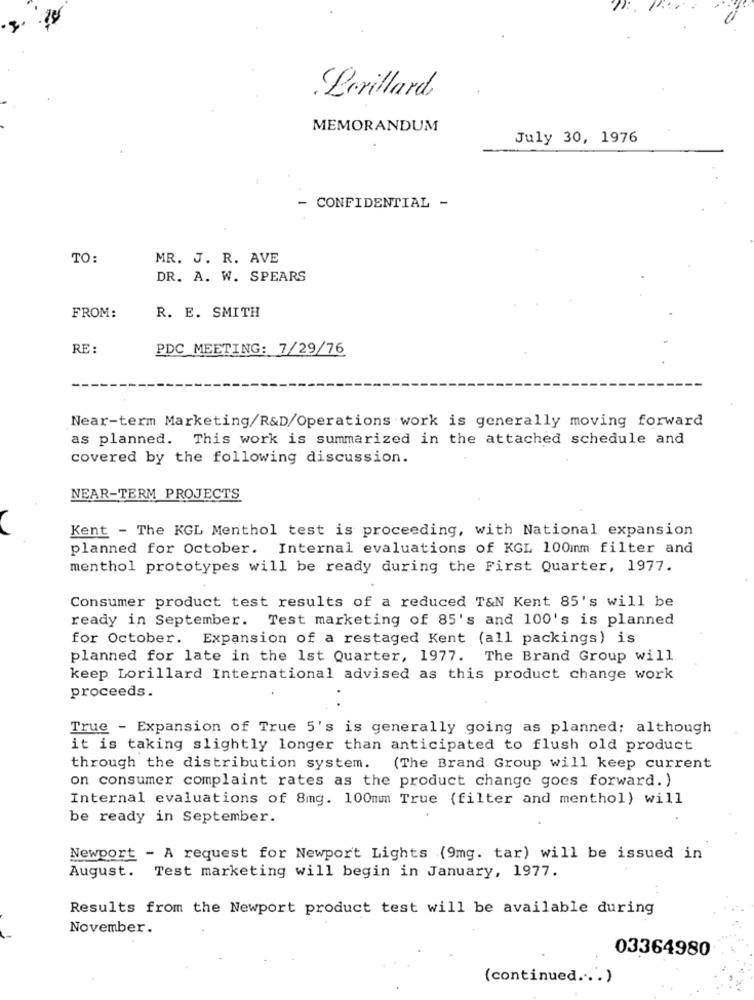
Lorillard
MEMORANDUM
July 30, 1976
- CONFIDENTIAL -
TO:
MR. J. R. AVE
DR. A. W. SPEARS
FROM:
R. E. SMITH
RE :
PDC MEETING: 7/29/76
Near-term Marketing/R&D/Operations work is generally moving forward
as planned. This work is summarized in the attached schedule and
covered by the following discussion.
NEAR-TERM PROJECTS
Kent - The KGL Menthol test is proceeding, with National expansion
planned for October. Internal evaluations of KGL 100mm filter and
menthol prototypes will be ready during the First Quarter, 1977.
Consumer product test results of a reduced T&N Kent 85's will be
ready in September. Test marketing of 85's and 100's is planned
for October. Expansion of a restaged Kent (all packings) is
planned for late in the 1st Quarter, 1977. The Brand Group will
keep Lorillard International advised as this product change work
proceeds.
True - Expansion of True 5's is generally going as planned; although
it is taking slightly longer than anticipated to flush old product
through the distribution system. (The Brand Group will keep current
on consumer complaint rates as the product change goes forward. )
Internal evaluations of 8mg. 100mm True (filter and menthol) will
be ready in September.
Newport - A request for Newport Lights (9mg. tar) will be issued in
August. Test marketing will begin in January, 1977.
Results from the Newport product test will be available during
November.
03364980
(continued ... )